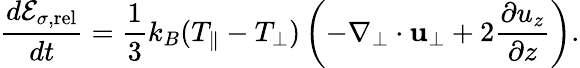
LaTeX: \frac{d{\cal E}_{\sigma,\mathrm{rel}}}{dt}=\frac{1}{3}k_{B}(T_{\parallel}-T_{\perp})\left(-\nabla_{\perp}\cdot{\mathbf u}_{\perp}+2\frac{\partial u_{z}}{\partial z}\right).